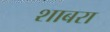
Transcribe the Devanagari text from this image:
शाबरा